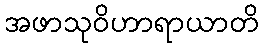
အဖာသုဝိဟာရာယာတိ